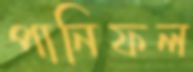
পানিফল